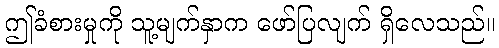
ဤခံစားမှုကို သူ့မျက်နှာက ဖော်ပြလျက် ရှိလေသည်။